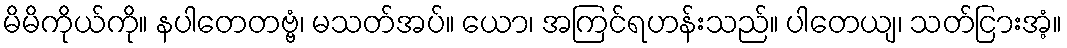
မိမိကိုယ်ကို။ နပါတေတဗ္ဗံ၊ မသတ်အပ်။ ယော၊ အကြင်ရဟန်းသည်။ ပါတေယျ၊ သတ်ငြားအံ့။